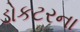
ડોકટરના